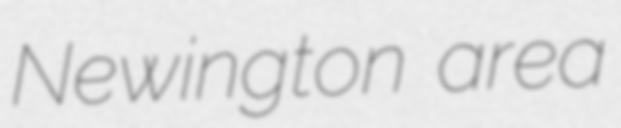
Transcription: Newington area